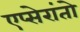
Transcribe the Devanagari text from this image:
एप्सेरांतो